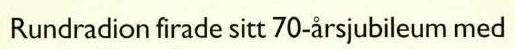
Rundradion firade sitt 70-årsjubileum med